Preparation of a safe and efficient antirabic vaccine - Number 44
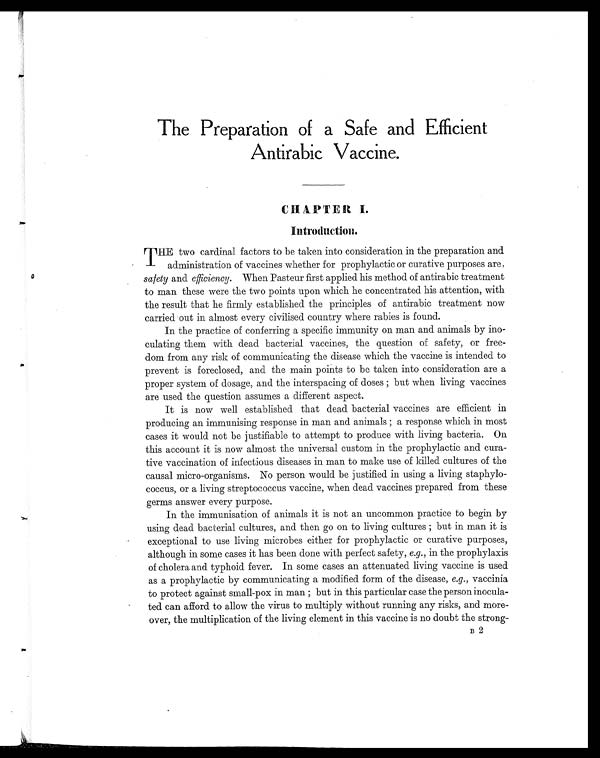
The Preparation of a Safe and Efficient
Antirabic Vaccine.
I n t r o d u c t i o n
T HE two cardinal factors to be taken into consideration in the preparation and
administration of vaccines whether for prophylactic or curative purposes are,
safety and efficiency. When Pasteur first applied his method of antirabic treatment
to man these were the two points upon which he concentrated his attention, with
the result that he firmly established the principles of antirabic treatment now
carried out in almost every civilised country where rabies is found.
In the practice of conferring a specific immunity on man and animals by ino-
culating them with dead bacterial vaccines, the question of safety, or free-
dom from any risk of communicating the disease which the vaccine is intended to
prevent is foreclosed, and the main points to be taken into consideration are a
proper system of dosage, and the interspacing of doses ; but when living vaccines
are used the question assumes a different aspect.
It is now well established that dead bacterial vaccines are efficient in
producing an immunising response in man and animals ; a response which in most
cases it would not be justifiable to attempt to produce with living bacteria. On
this account it is now almost the universal custom in the prophylactic and cura-
tive vaccination of infectious diseases in man to make use of killed cultures of the
causal micro-organisms. No person would be justified in using a living staphylo-
coccus, or a living streptococcus vaccine, when dead vaccines prepared from these
germs answer every purpose.
In the immunisation of animals it is not an uncommon practice to begin by
using dead bacterial cultures, and then go on to living cultures ; but in man it is
exceptional to use living microbes either for prophylactic or curative purposes,
although in some cases it has been done with perfect safety, e.g., in the prophylaxis
of cholera and typhoid fever. In some cases an attenuated living vaccine is used
as a prophylactic by communicating a modified form of the disease, e.g., vaccinia
to protect against small-pox in man ; but in this particular case the person inocula-
ted can afford to allow the virus to multiply without running any risks, and more-
over, the multiplication of the living element in this vaccine is no doubt the strong-
B2